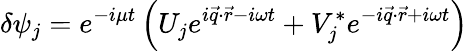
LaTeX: \delta\psi_{j}=e^{-i\mu t}\left(U_{j}e^{i\vec{q}\cdot\vec{r}-i\omega t}+V_{j}^{*}e^{-i\vec{q}\cdot\vec{r}+i\omega t}\right)